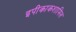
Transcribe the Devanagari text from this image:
इपीकाकशामिल